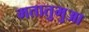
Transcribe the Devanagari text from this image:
मतातुमुआ